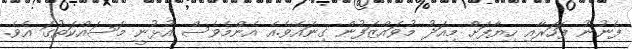
ފެނުނު ފަހަރާއި ހިޔާފަށް މިއަދު މުވައްޒަފުން ގިނައެވެ.އެ އެންމެވެސް އުޅުނީ މަސައްކަތުގަ އެވެ.